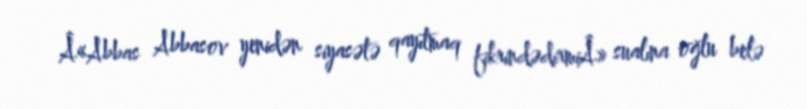
Â«Abbas Abbasov yenidən siyasətə qayıtmaq fikrindədirmiÂ» sualına oğlu belə